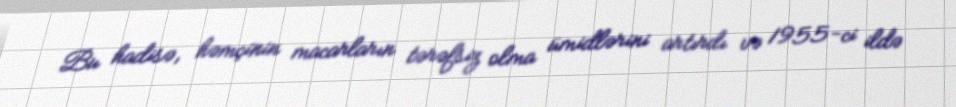
Bu hadisə, həmçinin macarların tərəfsiz olma ümidlərini artırdı və 1955-ci ildə